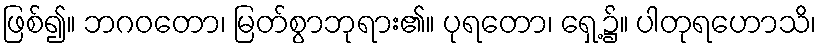
ဖြစ်၍။ ဘဂဝတော၊ မြတ်စွာဘုရား၏။ ပုရတော၊ ရှေ့၌။ ပါတုရဟောသိ၊